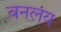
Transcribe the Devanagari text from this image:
बनलंय